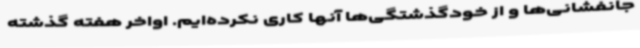
جانفشانی‌ها و از خودگذشتگی‌ها آنها کاری نکرده‌ایم. اواخر هفته گذشته